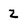
Character: Z